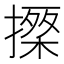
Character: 𢳗